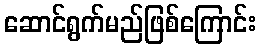
ဆောင်ရွက်မည်ဖြစ်ကြောင်း